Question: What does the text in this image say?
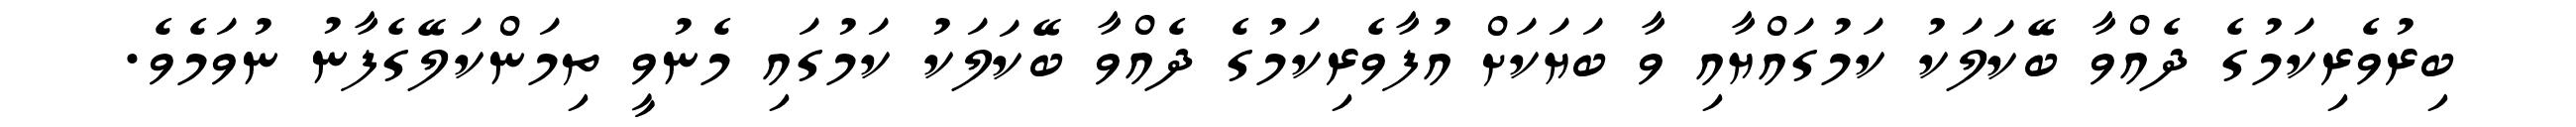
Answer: ބިރުވެރިކަމުގެ ދެއްވާ ބޭކަލަކު ކަމުގައްޔާއި ވާ ބަޔަކަށް އުފާވެރިކަމުގެ ދެއްވާ ބޭކަލަކު ކަމުގައި މެނުވީ ތިމަންކަލޭގެފާނު ނުވަމެވެ.